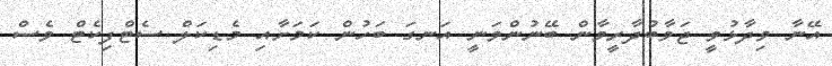
އޭނާ ވިދާޅުވީ ޖަވާބުދާރީވާން ބޭނުންވަނީ އަނގަ ބަހުން ކަމަށާއި މެޑިކަލް ސެޓްފިކެޓް ވެސް